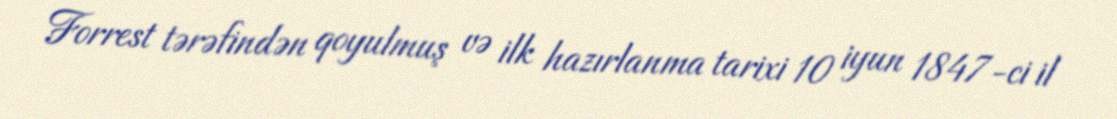
Forrest tərəfindən qoyulmuş və ilk hazırlanma tarixi 10 iyun 1847-ci il